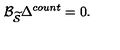
\mathcal { B } _ { \widetilde { \mathcal { S } } } \Delta ^ { c o u n t } = 0 .